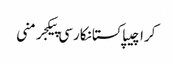
کراچیپاکستانکارسی پیکجرمنی